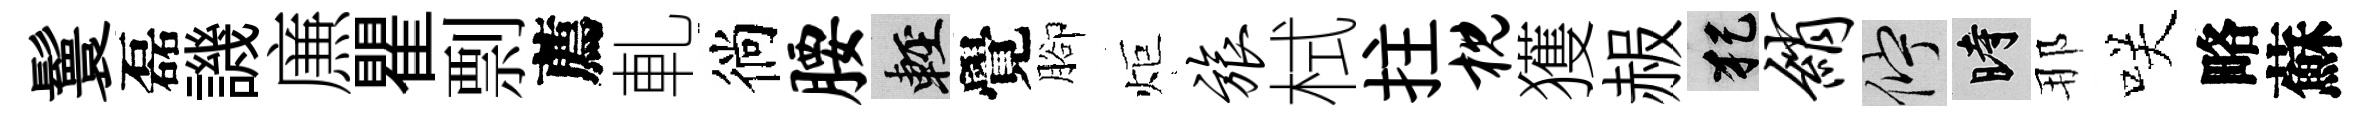
鬟磊譏㢘瞿剽薦軋徜腰輕覺腳炬旅栻拄枕獲赧犯绡伫时那咲略蘇